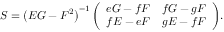
S = \left( E G - F ^ { 2 } \right) ^ { - 1 } { \left( \begin{array} { l l } { e G - f F } & { f G - g F } \\ { f E - e F } & { g E - f F } \end{array} \right) } .